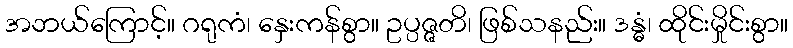
အဘယ်ကြောင့်။ ဂရုကံ၊ နှေးကန်စွာ။ ဥပ္ပဇ္ဇတိ၊ ဖြစ်သနည်း။ ဒန္ဓံ၊ ထိုင်းမှိုင်းစွာ။